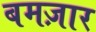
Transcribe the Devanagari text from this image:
बमज़ार